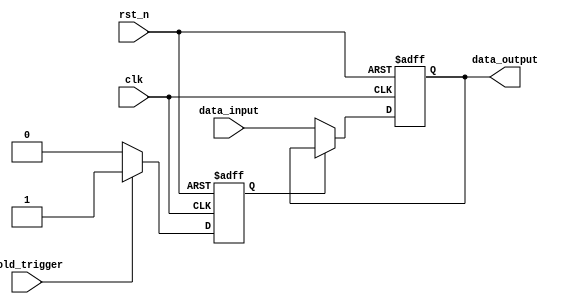
module hold_condition (
    input wire clk,               // Clock signal
    input wire rst_n,             // Active low reset
    input wire hold_trigger,       // Input signal that triggers the hold condition
    input wire [7:0] data_input,   // Input data to be held
    output reg [7:0] data_output    // Output data that is held
);

    // State variable indicating whether the system is in hold state
    reg hold_state;

    // Always block for state management and output behavior
    always @(posedge clk or negedge rst_n) begin
        if (!rst_n) begin
            // On reset, initialize outputs and state
            data_output <= 8'b0;
            hold_state <= 1'b0; // Not in hold state
        end else begin
            // Detect the hold trigger
            if (hold_trigger) begin
                hold_state <= 1'b1; // Enter hold state
            end else begin
                hold_state <= 1'b0; // Leave hold state
            end

            // Output behavior based on hold state
            if (hold_state) begin
                // Maintain last valid output value if in hold state
                // No change to data_output
                data_output <= data_output; // Hold the last value
            end else begin
                // Update output with new input data when not in hold state
                data_output <= data_input;
            end
        end
    end

endmodule